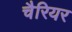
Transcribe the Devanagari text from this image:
चैरियर